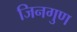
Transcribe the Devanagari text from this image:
जिनगुण